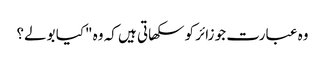
وہ عبارت جو زائر کو سکھاتی ہیں کہ وہ "کیا بولے؟